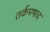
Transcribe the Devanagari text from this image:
तर्कपषाद